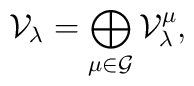
\mathcal{V}_\lambda =   \bigoplus_{\mu\in\mathcal{G}} \mathcal{V}_\lambda^\mu,